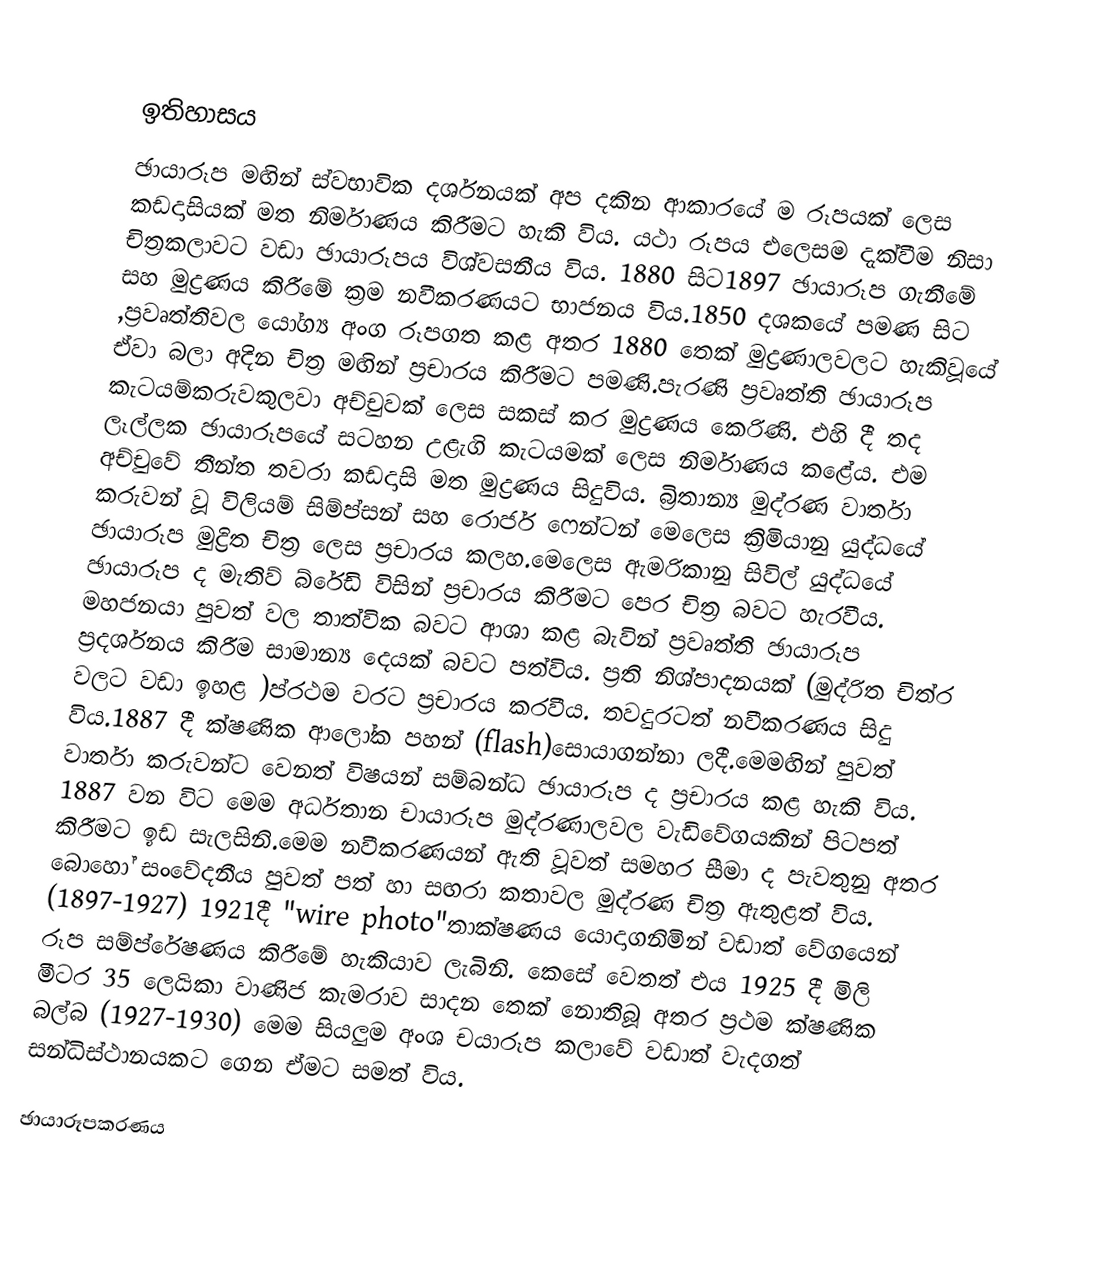

ඉතිහාසය
ඡායාරූප මඟින් ස්වභාවික දර්ශනයක් අප දකින ආකාරයේ ම රූපයක් ලෙස කඩදාසියක් මත  නිර්මාණය කිරීමට හැකි විය. යථා රූපය එලෙසම දැක්වීම නිසා චිත්‍රකලාවට වඩා ඡායාරූපය විශ්වසනීය විය. 1880 සිට1897 ඡායාරූප ගැනීමේ සහ මුද්‍රණය කිරීමේ ක්‍රම නවීකරණයට භාජනය විය.1850 දශකයේ පමණ සිට ,ප්‍රවෘත්තිවල යෝග්‍ය අංග රූපගත කළ අතර 1880 තෙක් මුද්‍රණාලවලට හැකිවූයේ ඒවා බලා අදින චිත්‍ර මඟින් ප්‍රචාරය කිරීමට පමණි.පැරණි ප්‍රවෘත්ති ඡායාරූප කැටයම්කරුවකුලවා අච්චුවක් ලෙස සකස් කර මුද්‍රණය කෙරිණි. එහි දී තද ලෑල්ලක ඡායාරූපයේ සටහන උළැගි කැටයමක් ලෙස නිර්මාණය කළේය. එම අච්චුවේ තීන්ත තවරා කඩදාසි මත මුද්‍රණය සිදුවිය.  බ්‍රිතාන්‍ය මුද්රණ වාර්තා කරුවන් වූ විලියම් සිම්ප්සන් සහ රොජර් ෆෙන්ටන් මෙලෙස ක්‍රිමියානු යුද්ධයේ  ඡායාරූප මුද්‍රිත චිත්‍ර ලෙස ප්‍රචාරය කලහ.මෙලෙස ඇමරිකානු සිවිල් යුද්ධයේ  ඡායාරූප ද මැතිව් බ්රේඩි විසින් ප්‍රචාරය කිරීමට පෙර චිත්‍ර බවට හැරවීය. මහජනයා පුවත් වල තාත්වික බවට ආශා කළ බැවින් ප්‍රවෘත්ති ඡායාරූප ප්‍රදර්ශනය කිරීම සාමාන්‍ය දෙයක් බවට පත්විය. ප්‍රති නිශ්පාදනයක් (මුද්රිත චිත්ර වලට වඩා ඉහළ )ප්රථම වරට ප්‍රචාරය කරවීය. තවදුරටත් නවීකරණය සිදු විය.1887 දී ක්ෂණික ආලෝක පහන්  (flash)සොයාගන්නා ලදී.මෙමඟින් පුවත් වාර්තා කරුවන්ට වෙනත් විෂයන් සම්බන්ධ ඡායාරූප ද ප්‍රචාරය කළ හැකි විය. 1887 වන විට මෙම අර්ධතාන චායාරූප මුද්රණාලවල වැඩිවේගයකින් පිටපත් කිරීමට ඉඩ සැලසිනි.මෙම නවීකරණයන් ඇති වූවත් සමහර සීමා ද පැවතුනු අතර බොහෝ සංවේදනීය පුවත් පත් හා සඟරා කතාවල මුද්රණ චිත්‍ර ඇතුළත් විය. (1897-1927) 1921දී "wire photo"තාක්ෂණය යොදාගනිමින් වඩාත් වේගයෙන් රූප සම්ප්රේෂණය කිරීමේ හැකියාව ලැබිනි. කෙසේ වෙතත් එය 1925 දී මිලි මීටර 35 ලෙයිකා වාණිජ කැමරාව සාදන තෙක් නොතිබූ අතර ප්‍රථම ක්ෂණික බල්බ (1927-1930) මෙම සියලුම අංශ චයාරූප කලාවේ වඩාත් වැදගත් සන්ධිස්ථානයකට ගෙන ඒමට සමත් විය.

ඡායාරූපකරණය